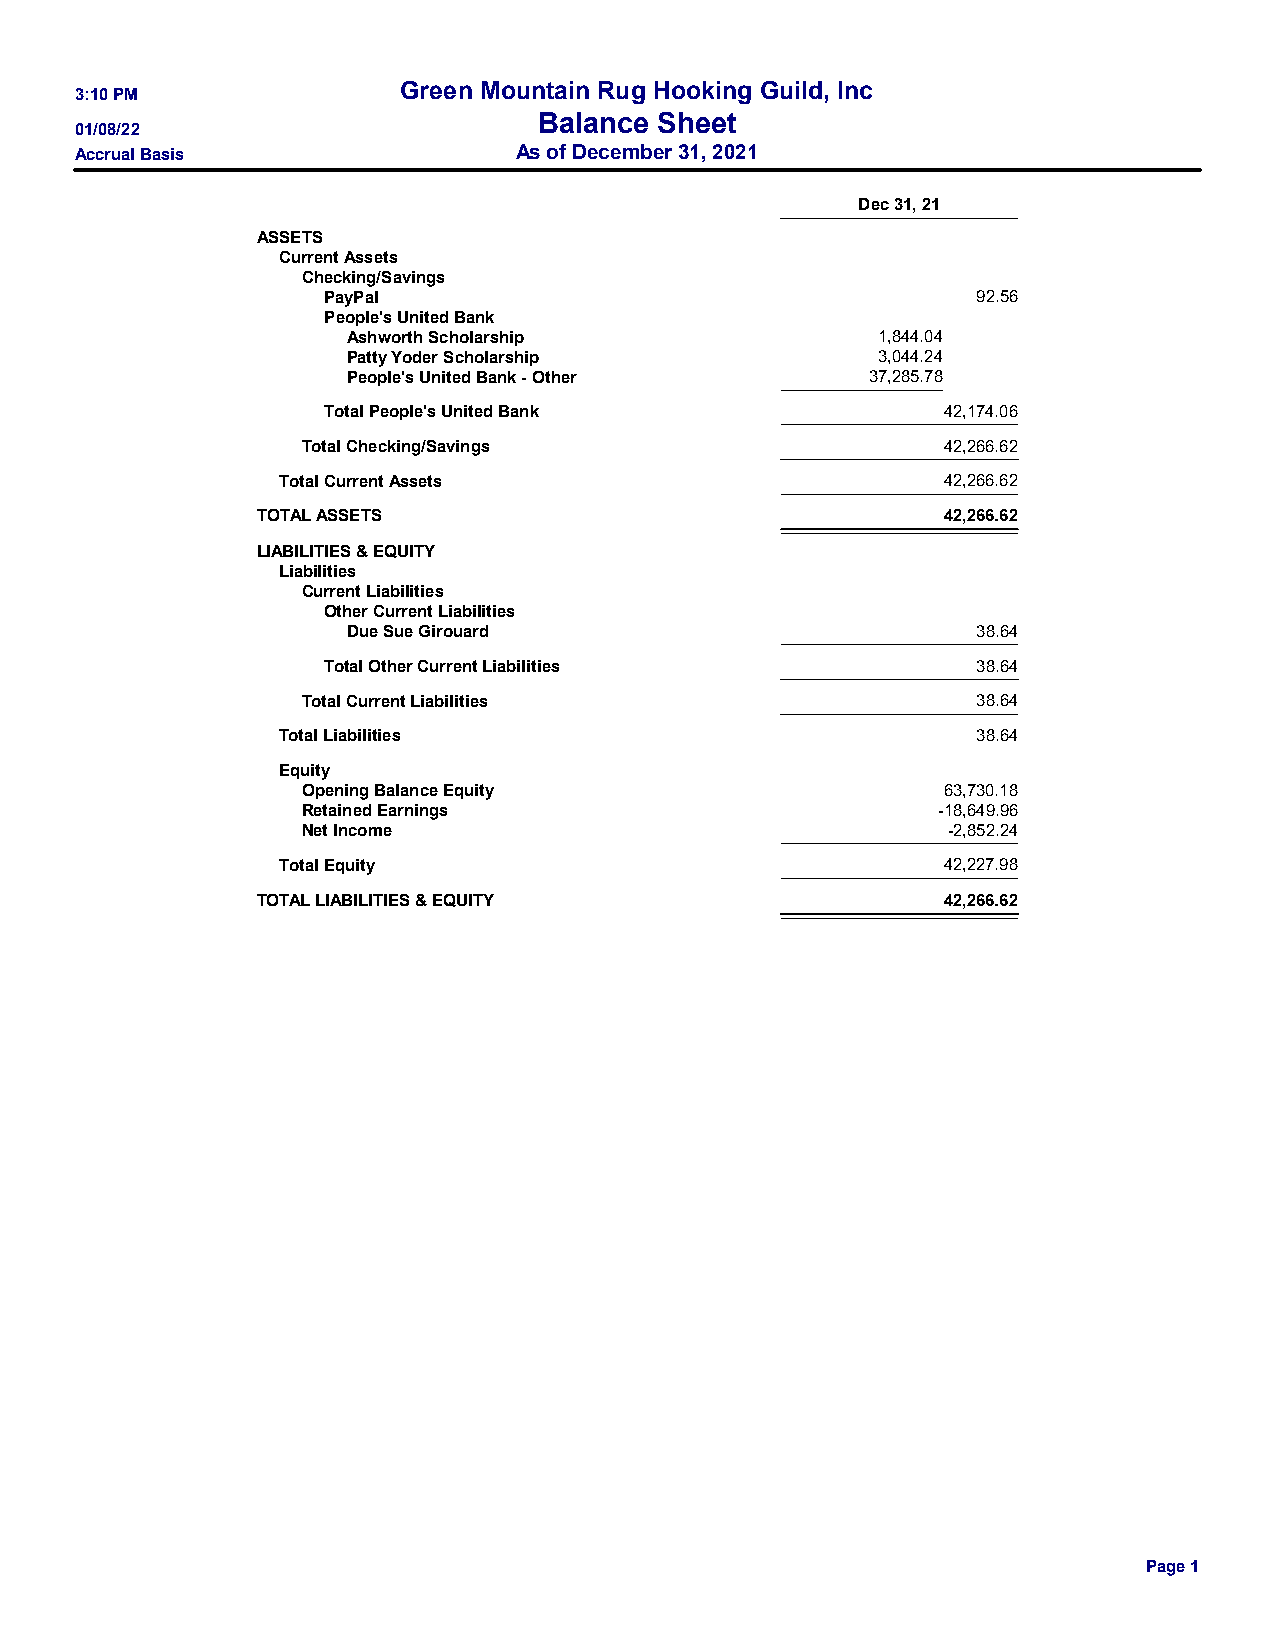
Green Mountain Rug Hooking Guild, Inc
 3:10 PM
 Balance Sheet
 01/08/22
 Accrual Basis                As of December 31, 2021
 Dec 31, 21
 ASSETS
 Current Assets
 Checking/Savings
 PayPal                                      92.56
 People's United Bank
 Ashworth Scholarship               1,844.04
 Patty Yoder Scholarship            3,044.24
 People's United Bank - Other       37,285.78
 Total People's United Bank               42,174.06
 Total Checking/Savings                    42,266.62
 Total Current Assets                        42,266.62
 TOTAL ASSETS                                 42,266.62
 LIABILITIES & EQUITY
 Liabilities
 Current Liabilities
 Other Current Liabilities
 Due Sue Girouard                          38.64
 Total Other Current Liabilities             38.64
 Total Current Liabilities                    38.64
 Total Liabilities                              38.64
 Equity
 Opening Balance Equity                    63,730.18
 Retained Earnings                         -18,649.96
 Net Income                                 -2,852.24
 Total Equity                                42,227.98
 TOTAL LIABILITIES & EQUITY                   42,266.62
 Page 1